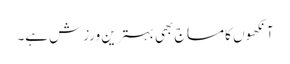
آنکھوں کا مساج بھی بہترین ورزش ہے۔